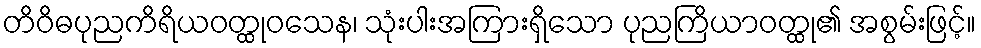
တိဝိဓပုညကိရိယဝတ္ထုဝသေန၊ သုံးပါးအကြားရှိသော ပုညကြိယာဝတ္ထု၏ အစွမ်းဖြင့်။